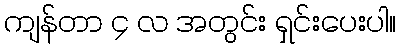
ကျန်တာ ၄ လ အတွင်း ရှင်းပေးပါ။